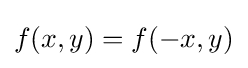
f(x,y)=f(-x,y)